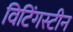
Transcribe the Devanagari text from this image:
विटिंगस्टीन